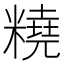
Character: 𱹞